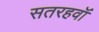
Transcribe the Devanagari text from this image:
सतरहवॉं